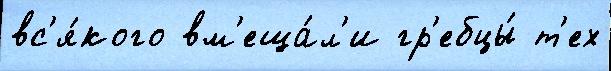
вс'я́кого вм'еща́л'и гр'ебцы́ т'ех